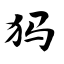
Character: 犸